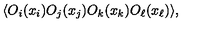
\langle O _ { i } ( x _ { i } ) O _ { j } ( x _ { j } ) O _ { k } ( x _ { k } ) O _ { \ell } ( x _ { \ell } ) \rangle ,